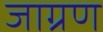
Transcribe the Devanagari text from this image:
जाग्रण